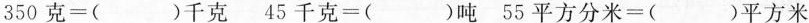
350克=()千克 45千克=()吨 55平方分米=()平方米